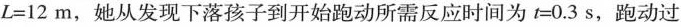
L=12m，她从发现下落孩子到开始跑动所需反应时间为t=0.3s，跑动过